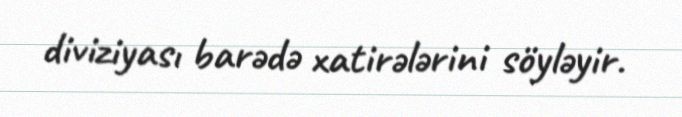
diviziyası barədə xatirələrini söyləyir.